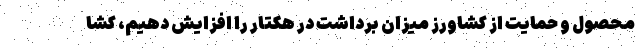
محصول و حمایت از کشاورز میزان برداشت در هکتار را افزایش دهیم، کشا